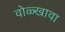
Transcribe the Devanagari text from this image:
वोळ्खावा